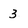
Character: 3